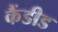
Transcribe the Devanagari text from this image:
कैंडीड